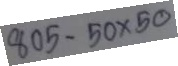
805 - 50 x 50